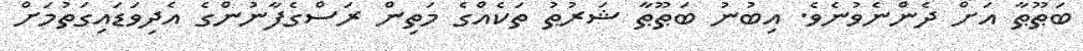
ބަޠޫޠާ އަށް ދެންނެވުނެވެ. އިބުނު ބަޠޫޠާ ޝަރުޠު ތަކެއްގެ މަތިން ރަސްގެފާނުންގެ އެދިވަޑައިގަތުމަށް